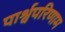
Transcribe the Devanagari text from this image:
पार्श्वपरिणाम